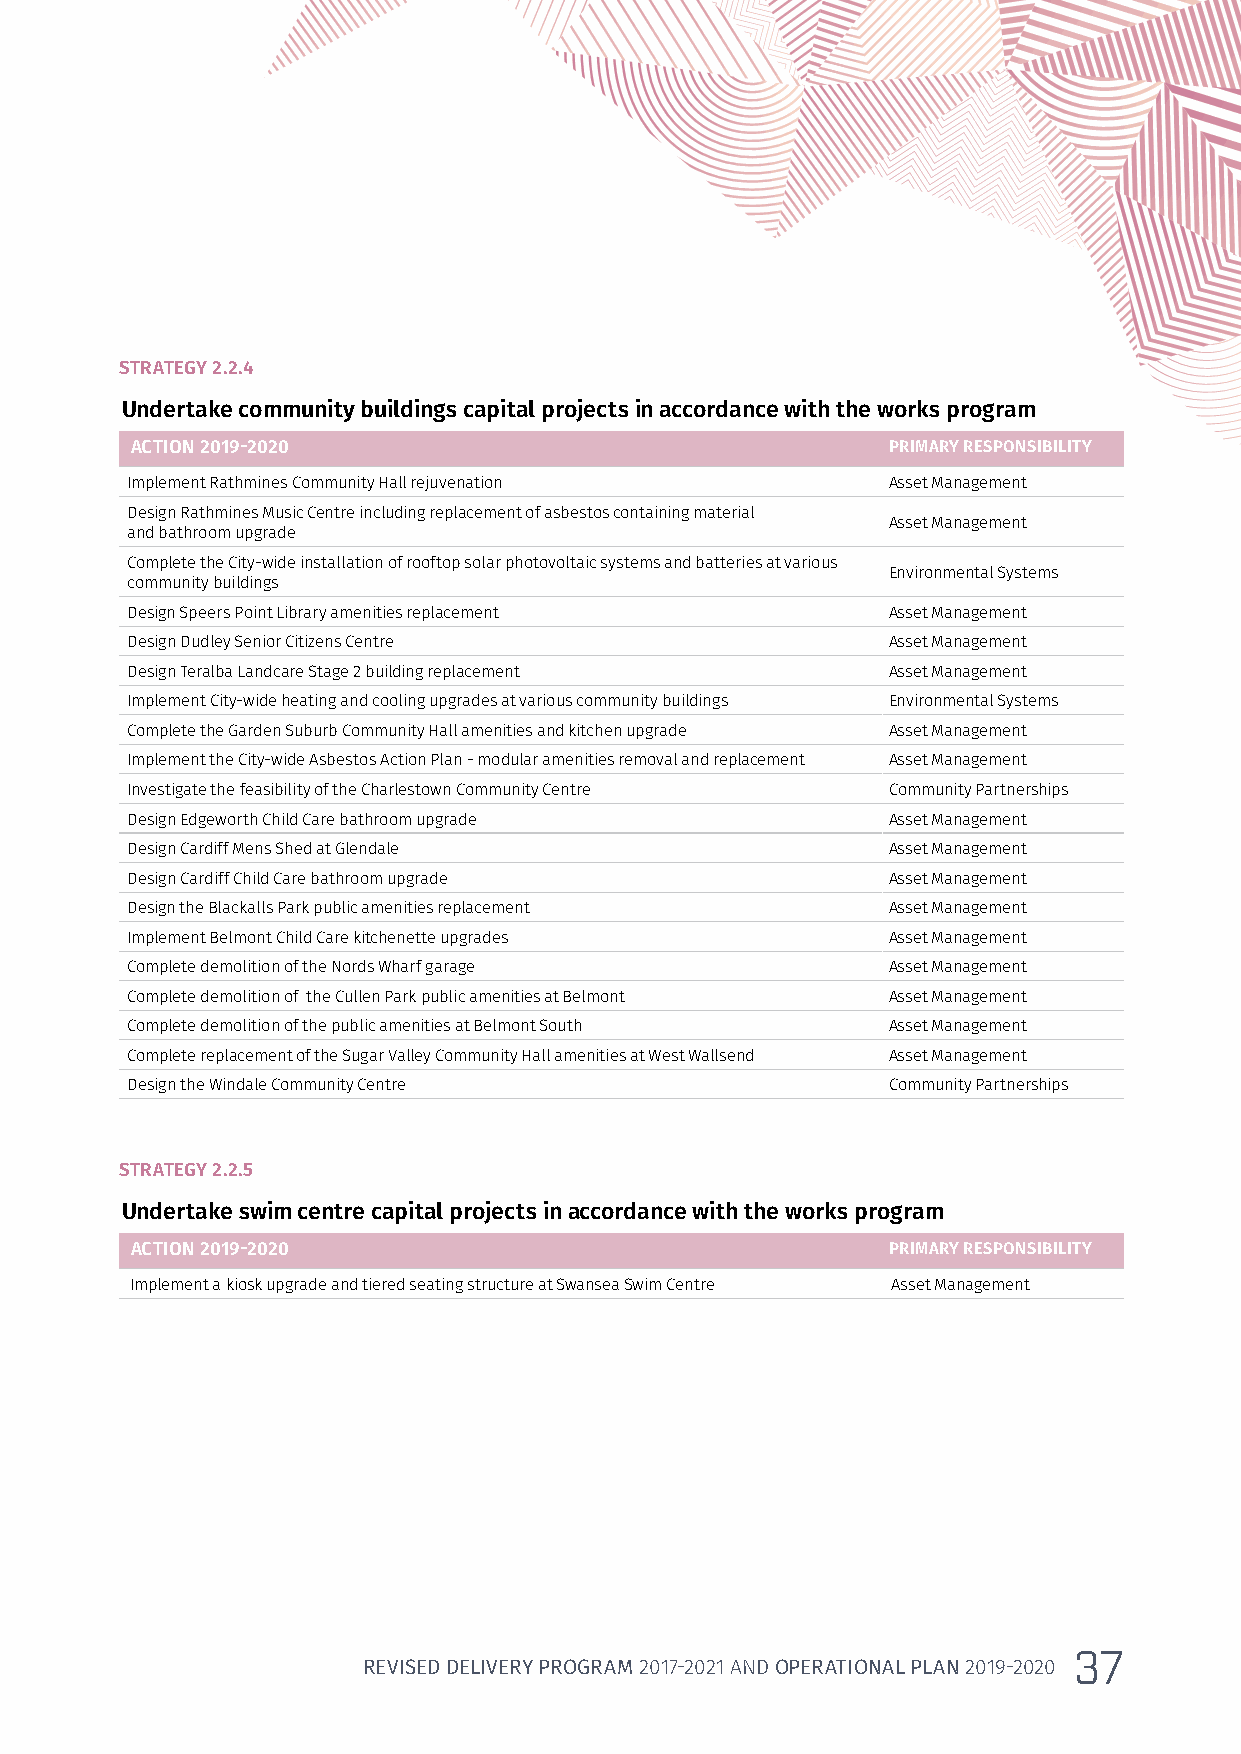
STRATEGY 2.2.4
 Undertake community buildings capital projects in accordance with the works program
 ACTION 2019-2020                                  PRIMARY RESPONSIBILITY
 Implement Rathmines Community Hall rejuvenation    Asset Management
 Design Rathmines Music Centre including replacement of asbestos containing material
 Asset Management
 and bathroom upgrade
 Complete the City-wide installation of rooftop solar photovoltaic systems and batteries at various
 Environmental Systems
 community buildings
 Design Speers Point Library amenities replacement  Asset Management
 Design Dudley Senior Citizens Centre               Asset Management
 Design Teralba Landcare Stage 2 building replacement Asset Management
 Implement City-wide heating and cooling upgrades at various community buildings Environmental Systems
 Complete the Garden Suburb Community Hall amenities and kitchen upgrade Asset Management
 Implement the City-wide Asbestos Action Plan - modular amenities removal and replacement Asset Management
 Investigate the feasibility of the Charlestown Community Centre Community Partnerships
 Design Edgeworth Child Care bathroom upgrade       Asset Management
 Design Cardiff Mens Shed at Glendale               Asset Management
 Design Cardiff Child Care bathroom upgrade         Asset Management
 Design the Blackalls Park public amenities replacement Asset Management
 Implement Belmont Child Care kitchenette upgrades  Asset Management
 Complete demolition of the Nords Wharf garage      Asset Management
 Complete demolition of the Cullen Park public amenities at Belmont Asset Management
 Complete demolition of the public amenities at Belmont South Asset Management
 Complete replacement of the Sugar Valley Community Hall amenities at West Wallsend Asset Management
 Design the Windale Community Centre                Community Partnerships
 STRATEGY 2.2.5
 Undertake swim centre capital projects in accordance with the works program
 ACTION 2019-2020                                  PRIMARY RESPONSIBILITY
 Implement a kiosk upgrade and tiered seating structure at Swansea Swim Centre Asset Management
 37
 REVISED DELIVERY PROGRAM 2017-2021 AND OPERATIONAL PLAN 2019-2020